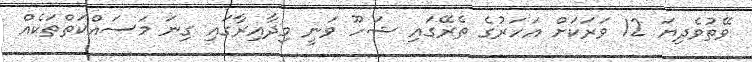
ވޭތުވެދިޔަ 12 ވަރަކަށް އަހަރުގެ ތެރޭގައި ޝަހޫ ވަނީ މިދާއިރާގައި ގިނަ މަސައްކަތްތަކެއް